Report on vaccination in the Province of Bengal - 1869-1873
Year: 1869
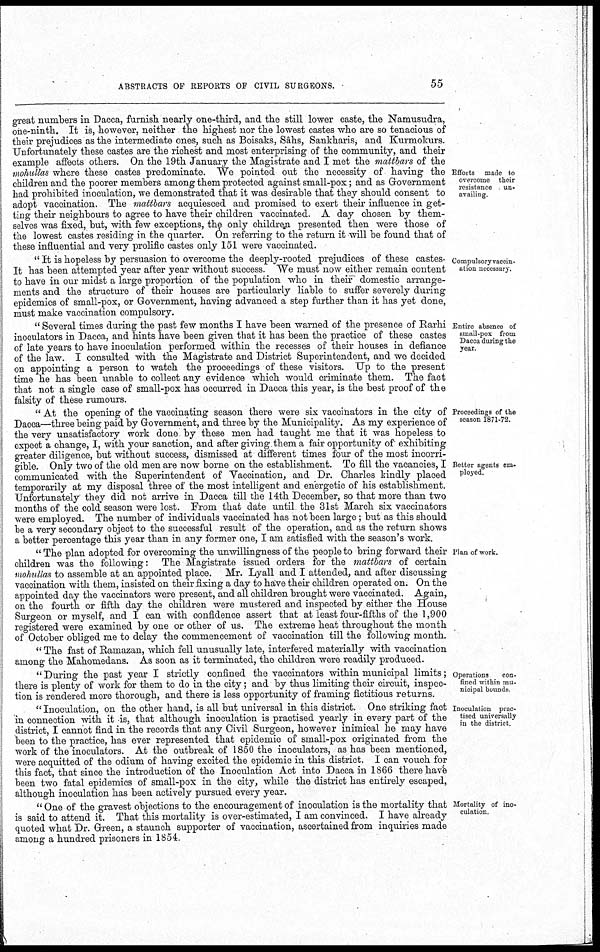
ABSTRACTS OF REPORTS OF CIVIL SURGEONS.
55
Efforts made to
overcome their
resistance un-
availing.
great numbers in Dacca, furnish nearly one-third, and the still lower caste, the Namusudra,
one-ninth. It is, however, neither the highest nor the lowest castes who are so tenacious of
their prejudices as the intermediate ones, such as Boisaks, Sâhs, Sankharis, and Kurmokurs.
Unfortunately these castes are the richest and most enterprising of the community, and their
example affects others. On the 19th January the Magistrate and I met the mattbars of the
mohullas where these castes predominate. We pointed out the necessity of having the
children and the poorer members among them protected against small-pox; and as Government
had prohibited inoculation, we demonstrated that it was desirable that they should consent to
adopt vaccination. The mattbars acquiesced and promised to exert their influence in get-
ting their neighbours to agree to have their children vaccinated. A day chosen by them-
selves was fixed, but, with few exceptions, the only children presented then were those of
the lowest castes residing in the quarter. On referring to the return it will be found that of
these influential and very prolific castes only 151 were vaccinated.
Compulsory vaccin-
ation necessary.
" It is hopeless by persuasion to overcome the deeply-rooted prejudices of these castes-
It has been attempted year after year without success. We must now either remain content
to have in our midst a large proportion of the population who in their domestic arrange-
ments and the structure of their houses are particularly liable to suffer severely during
epidemics of small-pox, or Government, having advanced a step further than it has yet done,
must make vaccination compulsory.
Entire absence of
small-pox from
Dacca during the
year.
" Several times during the past few months I have been warned of the presence of Rarhi
inoculators in Dacca, and hints have been given that it has been the practice of these castes
of late years to have inoculation performed within the recesses of their houses in defiance
of the law. I consulted with the Magistrate and District Superintendent, and we decided
on appointing a person to watch the proceedings of these visitors. Up to the present
time he has been unable to collect any evidence which would criminate them. The fact
that not a single case of small-pox has occurred in Dacca this year, is the best proof of the
falsity of these rumours.
Proceedings of the
season 1871-72.
Better agents em-
ployed.
" At the opening of the vaccinating season there were six vaccinators in the city of
Dacca—three being paid by Government, and three by the Municipality. As my experience of
the very unsatisfactory work done by these men had taught me that it was hopeless to
expect a change, I, with your sanction, and after giving them a fair opportunity of exhibiting
greater diligence, but without success, dismissed at different times four of the most incorri-
gible. Only two of the old men are now borne on the establishment. To fill the vacancies, I
communicated with the Superintendent of Vaccination, and Dr. Charles kindly placed
temporarily at my disposal three of the most intelligent and energetic of his establishment.
Unfortunately they did not arrive in Dacca till the 14th December, so that more than two
months of the cold season were lost. From that date until the 31st March six vaccinators
were employed. The number of individuals vaccinated has not been large; but as this should
be a very secondary object to the successful result of the operation, and as the return shows
a better percentage this year than in any former one, I am satisfied with the season's work.
Plan of work.
" The plan adopted for overcoming the unwillingness of the people to bring forward their
children was the following: The Magistrate issued orders for the mattbars of certain
mohullas to assemble at an appointed place. Mr. Lyall and I attended, and after discussing
vaccination with them, insisted on their fixing a day to have their children operated on. On the
appointed day the vaccinators were present, and all children brought were vaccinated. Again,
on the fourth or fifth day the children were mustered and inspected by either the House
Surgeon or myself, and I can with confidence assert that at least four-fifths of the 1,900
registered were examined by one or other of us. The extreme heat throughout the month
of October obliged me to delay the commencement of vaccination till the following month.
" The fast of Ramazan, which fell unusually late, interfered materially with vaccination
among the Mahomedans. As soon as it terminated, the children were readily produced.
Operations
con-
fined within mu¬
nicipal bounds
Inoculation prac¬
tised universally
in the district.
" During the past year I strictly confined the vaccinators within municipal limits;
there is plenty of work for them to do in the city; and by thus limiting their circuit, inspec-
tion is rendered more thorough, and there is less opportunity of framing fictitious returns.
" Inoculation, on the other hand, is all but universal in this district. One striking fact
in connection with it is, that although inoculation is practised yearly in every part of the
district, I cannot find in the records that any Civil Surgeon, however inimical he may have
been to the practice, has ever represented that epidemic of small-pox originated from the
work of the inoculators. At the outbreak of 1850 the inoculators, as has been mentioned,
were acquitted of the odium of having excited the epidemic in this district. I can vouch for
this fact, that since the introduction of the Inoculation Act into Dacca in 1866 there have
been two fatal epidemics of small-pox in the city, while the district has entirely escaped,
although inoculation has been actively pursued every year.
Mortality of ino-
culation.
" One of the gravest objections to the encouragement of inoculation is the mortality that
is said to attend it. That this mortality is over-estimated, I am convinced. I have already
quoted what Dr. Green, a staunch supporter of vaccination, ascertained from inquiries made
among a hundred prisoners in 1854